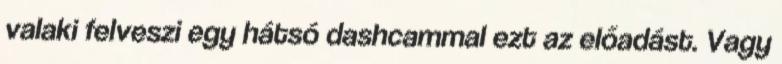
valaki felveszi egy hátsó dashcammal ezt az előadást. Vagy